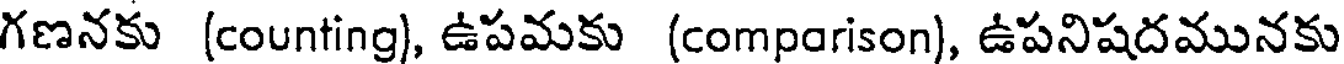
గణనకు (counting), ఉపమకు (comparison), ఉపనిషదమునకు